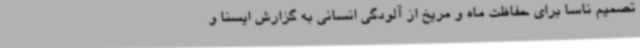
تصمیم ناسا برای حفاظت ماه و مریخ از آلودگی انسانی به گزارش ایسنا و